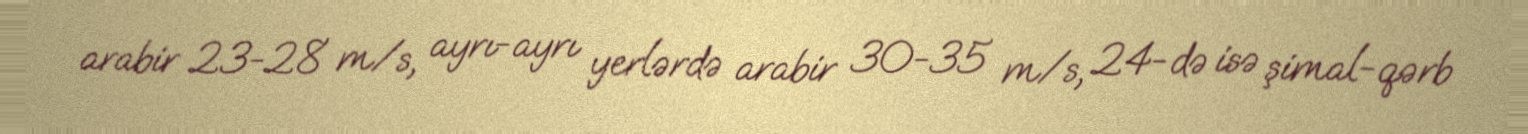
arabir 23-28 m/s, ayrı-ayrı yerlərdə arabir 30-35 m/s, 24-də isə şimal-qərb